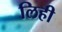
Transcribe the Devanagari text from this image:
लिही